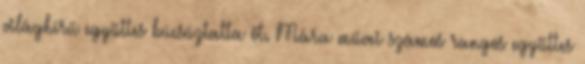
világhírű együttes búcsúztatta őt. Mára művei számos rangos együttes